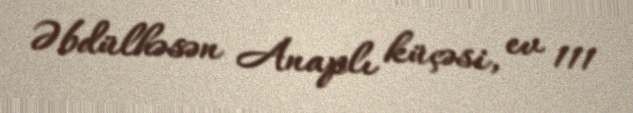
Əbdülhəsən Anaplı küçəsi, ev 111